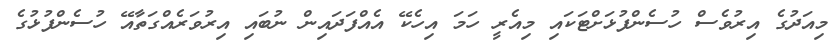
މިއަދުގެ އިރުވެސް ހުސެންފުޅަށްޓަކައި މިއެރީ ހަމަ އިހެކޭ އެއްފަދައިން ނުބައި އިރުވަރެއްގަތާއޭ ހުސެންފުޅުގެ